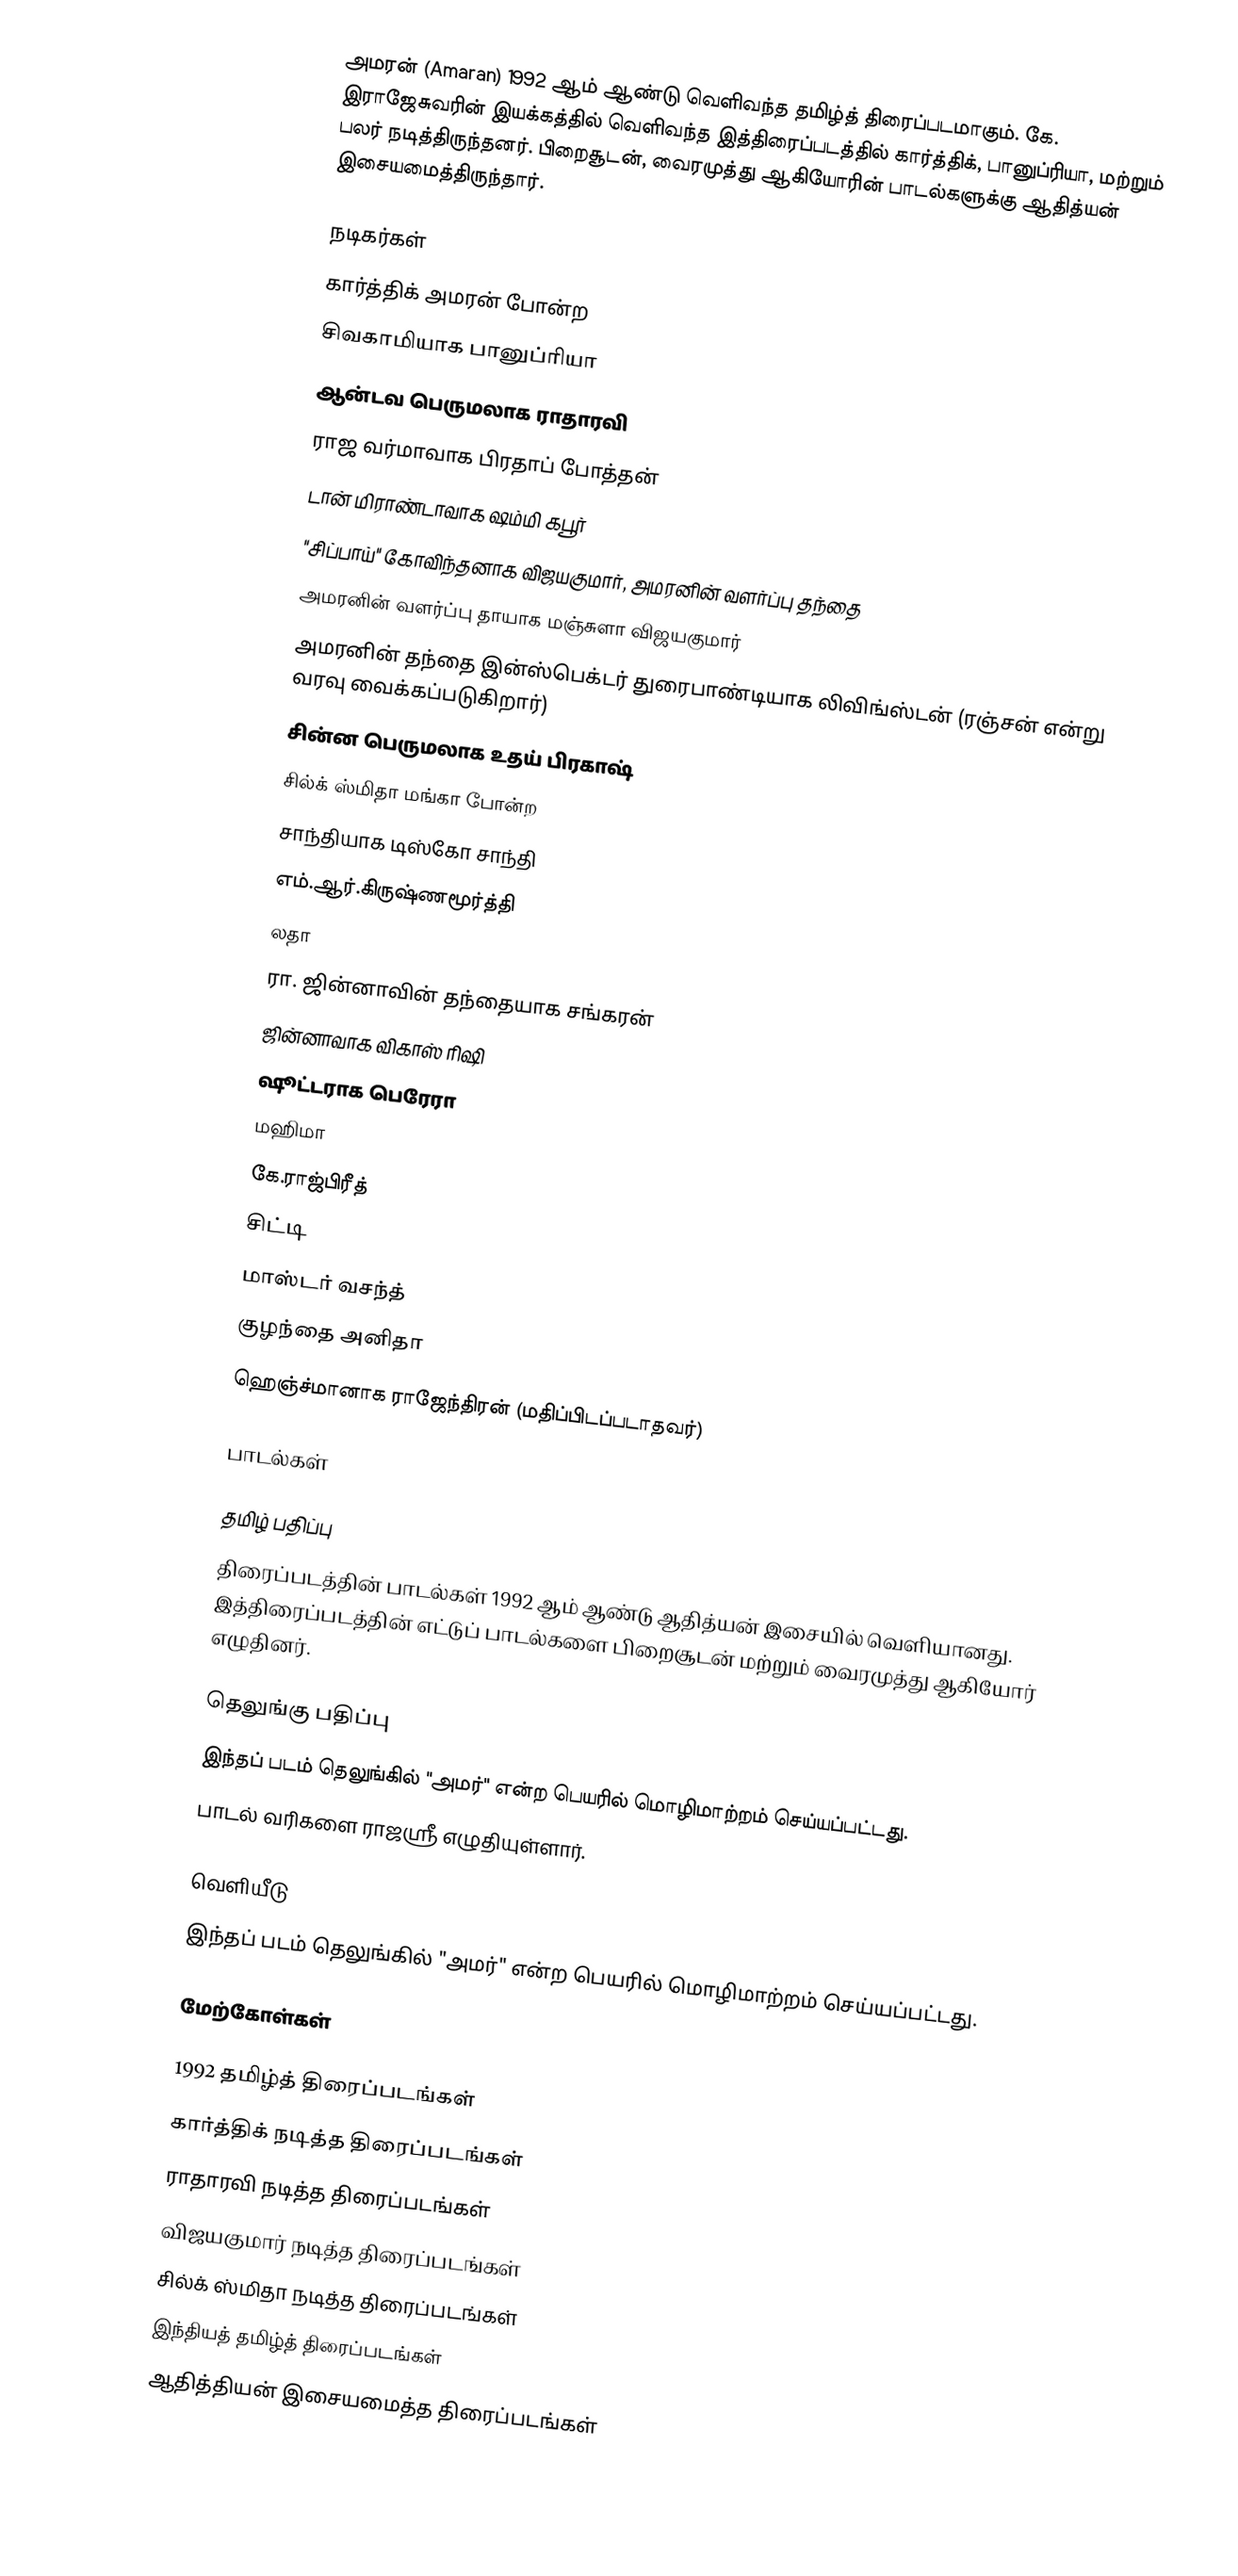
அமரன் (Amaran) 1992 ஆம் ஆண்டு வெளிவந்த தமிழ்த் திரைப்படமாகும். கே. இராஜேசுவரின் இயக்கத்தில் வெளிவந்த இத்திரைப்படத்தில் கார்த்திக், பானுப்ரியா, மற்றும் பலர் நடித்திருந்தனர். பிறைசூடன், வைரமுத்து ஆகியோரின் பாடல்களுக்கு ஆதித்யன் இசையமைத்திருந்தார்.

நடிகர்கள்
 கார்த்திக் அமரன் போன்ற
 சிவகாமியாக பானுப்ரியா
 ஆன்டவ பெருமலாக ராதாரவி
 ராஜ வர்மாவாக பிரதாப் போத்தன்
 டான் மிராண்டாவாக ஷம்மி கபூர்
 "சிப்பாய்" கோவிந்தனாக விஜயகுமார், அமரனின் வளர்ப்பு தந்தை
 அமரனின் வளர்ப்பு தாயாக மஞ்சுளா விஜயகுமார்
 அமரனின் தந்தை இன்ஸ்பெக்டர் துரைபாண்டியாக லிவிங்ஸ்டன் (ரஞ்சன் என்று வரவு வைக்கப்படுகிறார்)
 சின்ன பெருமலாக உதய் பிரகாஷ்
 சில்க் ஸ்மிதா மங்கா போன்ற
 சாந்தியாக டிஸ்கோ சாந்தி
 எம்.ஆர்.கிருஷ்ணமூர்த்தி
 லதா
 ரா. ஜின்னாவின் தந்தையாக சங்கரன்
 ஜின்னாவாக விகாஸ் ரிஷி
 ஷூட்டராக பெரேரா
 மஹிமா
 கே.ராஜ்பிரீத்
 சிட்டி
 மாஸ்டர் வசந்த்
 குழந்தை அனிதா
 ஹெஞ்ச்மானாக ராஜேந்திரன் (மதிப்பிடப்படாதவர்)

பாடல்கள்

தமிழ் பதிப்பு
திரைப்படத்தின் பாடல்கள் 1992 ஆம் ஆண்டு ஆதித்யன் இசையில் வெளியானது. இத்திரைப்படத்தின் எட்டுப் பாடல்களை பிறைசூடன் மற்றும் வைரமுத்து ஆகியோர் எழுதினர்.

தெலுங்கு பதிப்பு
இந்தப் படம் தெலுங்கில் "அமர்" என்ற பெயரில் மொழிமாற்றம் செய்யப்பட்டது.
பாடல் வரிகளை ராஜஸ்ரீ எழுதியுள்ளார்.

வெளியீடு
இந்தப் படம் தெலுங்கில் "அமர்" என்ற பெயரில் மொழிமாற்றம் செய்யப்பட்டது.

மேற்கோள்கள்

1992 தமிழ்த் திரைப்படங்கள்
கார்த்திக் நடித்த திரைப்படங்கள்
ராதாரவி நடித்த திரைப்படங்கள்
விஜயகுமார் நடித்த திரைப்படங்கள்
சில்க் ஸ்மிதா நடித்த திரைப்படங்கள்
இந்தியத் தமிழ்த் திரைப்படங்கள்
ஆதித்தியன் இசையமைத்த திரைப்படங்கள்